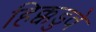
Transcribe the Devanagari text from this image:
हिक्कडुवे